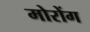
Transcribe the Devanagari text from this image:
मोरोंग